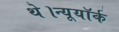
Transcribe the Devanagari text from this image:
थे।न्यूयॉर्क